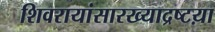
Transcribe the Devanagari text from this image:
शिवरायांसारख्याद्रष्टय़ा